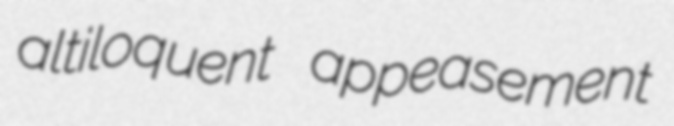
altiloquent appeasement